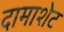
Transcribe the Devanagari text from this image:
दामाशेट